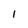
Character: l